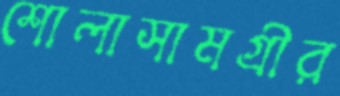
শোলাসামগ্রীর